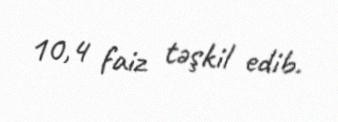
10,4 faiz təşkil edib.